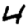
Digit: 4